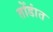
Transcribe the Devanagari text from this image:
तोंडांत